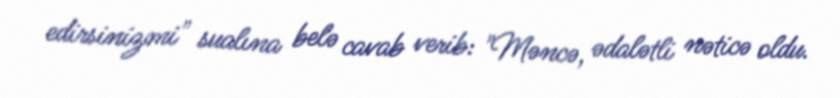
edirsinizmi" sualına belə cavab verib: "Məncə, ədalətli nəticə oldu.